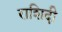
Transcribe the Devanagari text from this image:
राशिदी